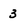
Character: 3